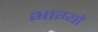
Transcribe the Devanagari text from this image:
भाग्यों